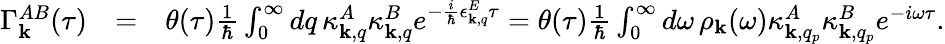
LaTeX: \begin{array}{rlr}{\Gamma_{\mathbf k}^{AB}(\tau)}&{=}&{\theta(\tau)\frac{1}{\hbar}\int_{0}^{\infty}dq\, \kappa_{{\mathbf k},q}^{A}\kappa_{{\mathbf k},q}^{B}e^{-\frac{i}{\hbar}\epsilon_{{\mathbf k},q}^{E}\tau}=\theta(\tau)\frac{1}{\hbar}\int_{0}^{\infty}d\omega\, \rho_{{\mathbf k}}(\omega)\kappa_{{\mathbf k},q_{p}}^{A}\kappa_{{\mathbf k},q_{p}}^{B}e^{-i\omega\tau}.}\end{array}